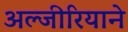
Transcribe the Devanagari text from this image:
अल्जीरियाने